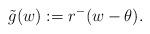
LaTeX: \begin{align*}\tilde{g}(w):=r^-(w-\theta).\end{align*}